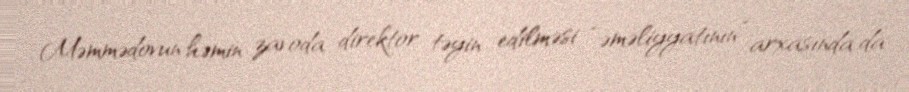
Məmmədovun həmin zavoda direktor təyin edilməsi “əməliyyatının” arxasında da